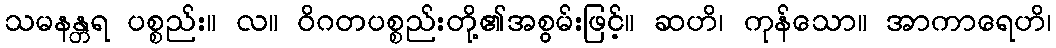
သမနန္တရ ပစ္စည်း။ လ။ ဝိဂတပစ္စည်းတို့၏အစွမ်းဖြင့်။ ဆဟိ၊ ကုန်သော။ အာကာရေဟိ၊